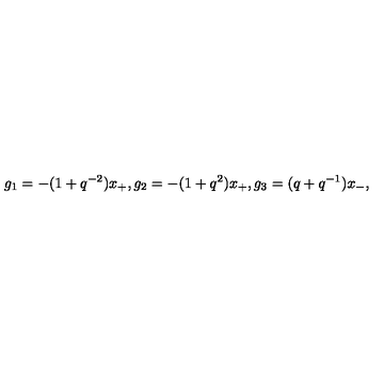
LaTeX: g _ { 1 } = - ( 1 + q ^ { - 2 } ) x _ { + } , g _ { 2 } = - ( 1 + q ^ { 2 } ) x _ { + } , g _ { 3 } = ( q + q ^ { - 1 } ) x _ { - } ,